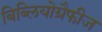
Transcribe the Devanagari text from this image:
बिब्लियोग्रैफीज